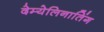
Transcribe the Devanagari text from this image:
देम्येलिनातिंग